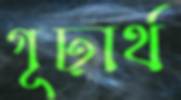
গূঢ়ার্থ